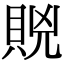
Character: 𧵮